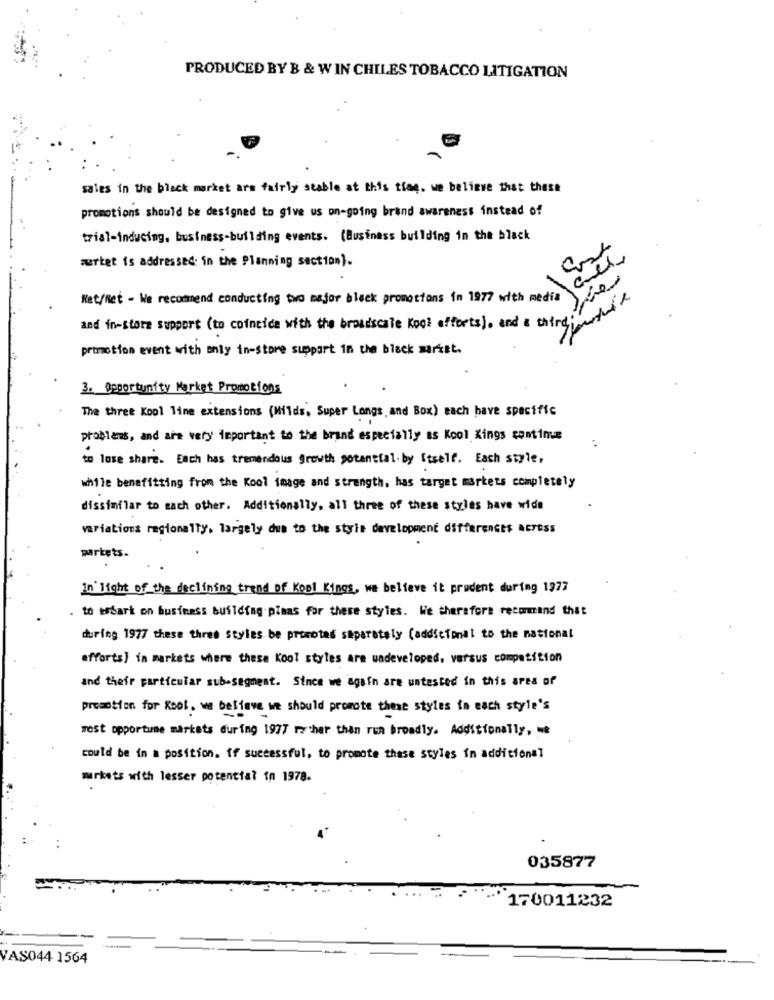
PRODUCED BY B & WIN CHILES TOBACCO LITIGATION
sales in the black market are fairly stable at this time. we believe that these
promotions should be designed to give us on-going brand awareness instead of
trial-inducing. business-building events. (Business building in the black
wartet is addressed in the Planning section).
1
Net/Ret - We recommend conducting two major black promocions in 1977 with media
and in-store support (to coincide with the broadscale Kool efforts), and a coted:
promotion event with only in-store support in the black market.
3. Opportunity Market Promotions
The three Kool line extensions (Milds, Super Longs, and Box) each have specific
problems, and are very important to the brand especially as Kool Kings contime
to lose share. Each has tremendous growth potential by Itself. Each style ,
while benefitting from the Kool image and strength, has target markets completely
dissimilar to each other. Additionally, all three of these styles have wide
variations regionally, largely due to the style development differences across
markets.
In light of the declining trend of Kool Kings, we believe it prudent during 1973
. to embark on business building plaas for these styles. We therefore recommend that
during 1977 these three Styles be promotes separately (addicional to the national
efforts) in markets where thesa Kool styles are wadeveloped, versus competition
and their particular sub-segment. Since we again are untested in this area of
promotion for Kool. we believe we should promote these styles in each style's
west opportune markets during 1977 rather than run broadly. Additionally, we
could be in a position. if successful, to promote these styles in additional
markets with lesser potencial in 1978.
035877
170011232
VAS044 1564